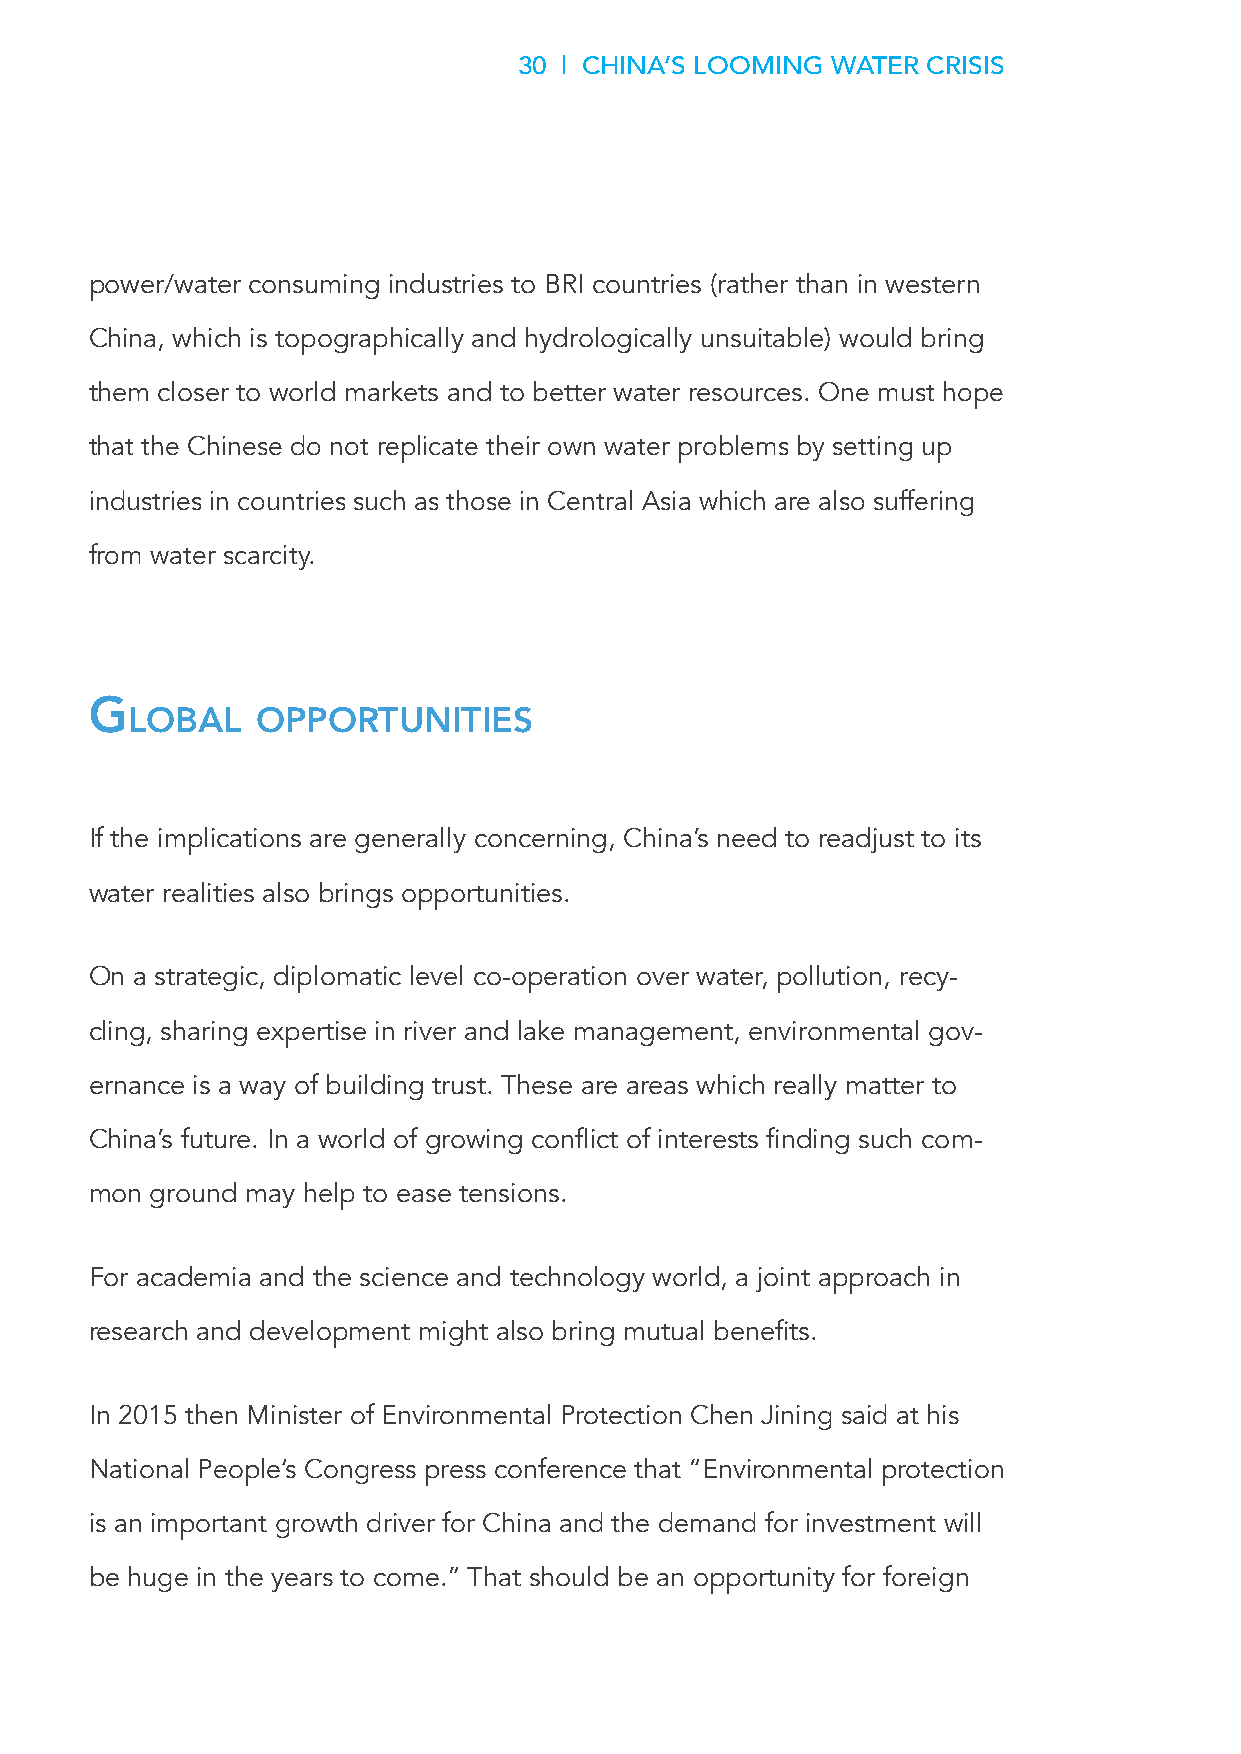
30 | CHINA’S LOOMING WATER CRISIS
 power/water consuming industries to BRI countries (rather than in western
 China, which is topographically and hydrologically unsuitable) would bring
 them closer to world markets and to better water resources. One must hope
 that the Chinese do not replicate their own water problems by setting up
 industries in countries such as those in Central Asia which are also suffering
 from water scarcity.
 g
 lobal    opportunItIes
 If the implications are generally concerning, China’s need to readjust to its
 water realities also brings opportunities.
 On a strategic, diplomatic level co-operation over water, pollution, recy-
 cling, sharing expertise in river and lake management, environmental gov-
 ernance is a way of building trust. These are areas which really matter to
 China’s future. In a world of growing conflict of interests finding such com-
 mon ground may help to ease tensions.
 For academia and the science and technology world, a joint approach in
 research and development might also bring mutual benefits.
 In 2015 then Minister of Environmental Protection Chen Jining said at his
 National People’s Congress press conference that “Environmental protection
 is an important growth driver for China and the demand for investment will
 be huge in the years to come.” That should be an opportunity for foreign